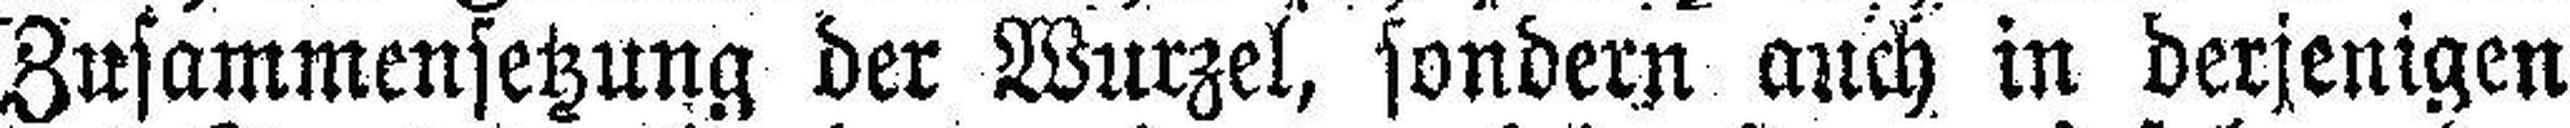
Zusammensetzung der Wurzel, sondern auch in derjenigen